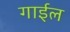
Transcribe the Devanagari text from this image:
गाईल